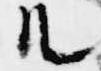
ル